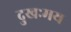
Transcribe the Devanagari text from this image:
दुखःमय